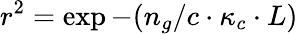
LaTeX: r^{2}=\exp{-(n_{g}/c\cdot{\kappa_{c}}\cdot{L})}